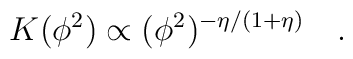
K(\phi^2) \propto (\phi^2)^{-\eta/(1+\eta)}\quad.